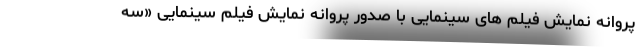
پروانه نمایش فیلم های سینمایی با صدور پروانه نمایش فیلم سینمایی «سه